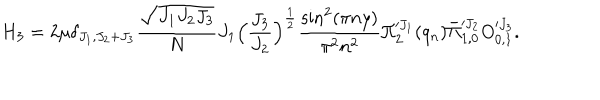
H _ { 3 } = 2 \mu \delta _ { J _ { 1 } , J _ { 2 } + J _ { 3 } } { \frac { \sqrt { J _ { 1 } J _ { 2 } J _ { 3 } } } { N } } J _ { 1 } \Big ( { \frac { J _ { 3 } } { J _ { 2 } } } \Big ) ^ { \frac { 1 } { 2 } } { \frac { \sin ^ { 2 } ( \pi n y ) } { \pi ^ { 2 } n ^ { 2 } } } \Pi _ { 2 } ^ { \prime J _ { 1 } } ( q _ { n } ) \bar { \Pi } _ { 1 , 0 } ^ { \prime J _ { 2 } } O _ { 0 , 1 } ^ { \prime J _ { 3 } } .